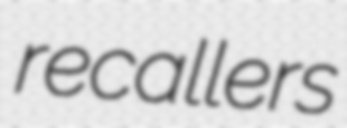
recallers